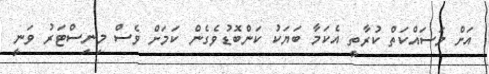
އަށް މަސައްކަތް ކުރާތީ އެކަމާ ބަޔަކު ކަންބޮޑުވެގެން ކަމަށް ވެސް މިނިސްޓަރު ވަނީ